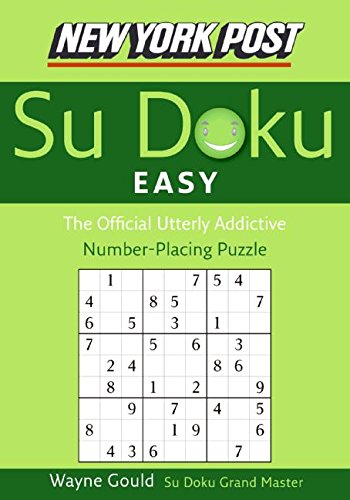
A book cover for New York Post Easy Sudoku: The Official Utterly Addictive Number-Placing Puzzle (New York Post Su Doku); Wayne Gould; Humor & Entertainment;